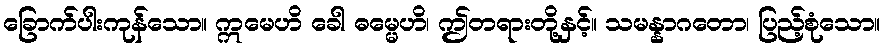
ခြောက်ပါးကုန်သော။ ဣမေဟိ ခေါ ဓမ္မေဟိ၊ ဤတရားတို့နှင့်။ သမန္နာဂတော၊ ပြည့်စုံသော။